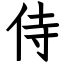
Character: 侍